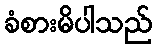
ခံစားမိပါသည်